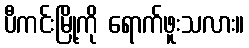
ပီကင်းမြို့ကို ရောက်ဖူးသလား။